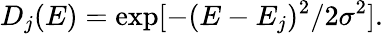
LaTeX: D_{j}(E)=\exp[-(E-E_{j})^{2}/2\sigma^{2}].